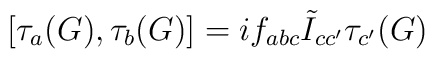
\left[{ {\tau}_a (G)}, { {\tau}_b (G)}\right]=   i  {f}_{abc}   \tilde{I}_{cc'} { \tau _{c'} (G)}